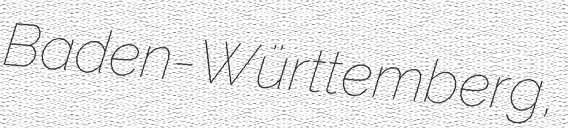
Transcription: Baden-Württemberg,